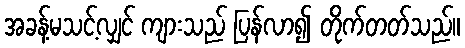
အခန့်မသင့်လျှင် ကျားသည် ပြန်လာ၍ တိုက်တတ်သည်။